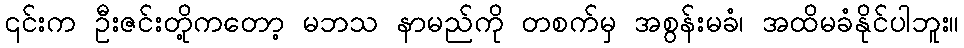
၎င်းက ဦးဇင်းတို့ကတော့ မဘသ နာမည်ကို တစက်မှ အစွန်းမခံ၊ အထိမခံနိုင်ပါဘူး။